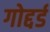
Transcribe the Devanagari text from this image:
गोद्दर्ड